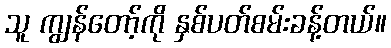
သူ ကျွန်တော့်ကို နှစ်ပတ်စမ်းခန့်တယ်။